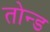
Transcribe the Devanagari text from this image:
तोन्ड